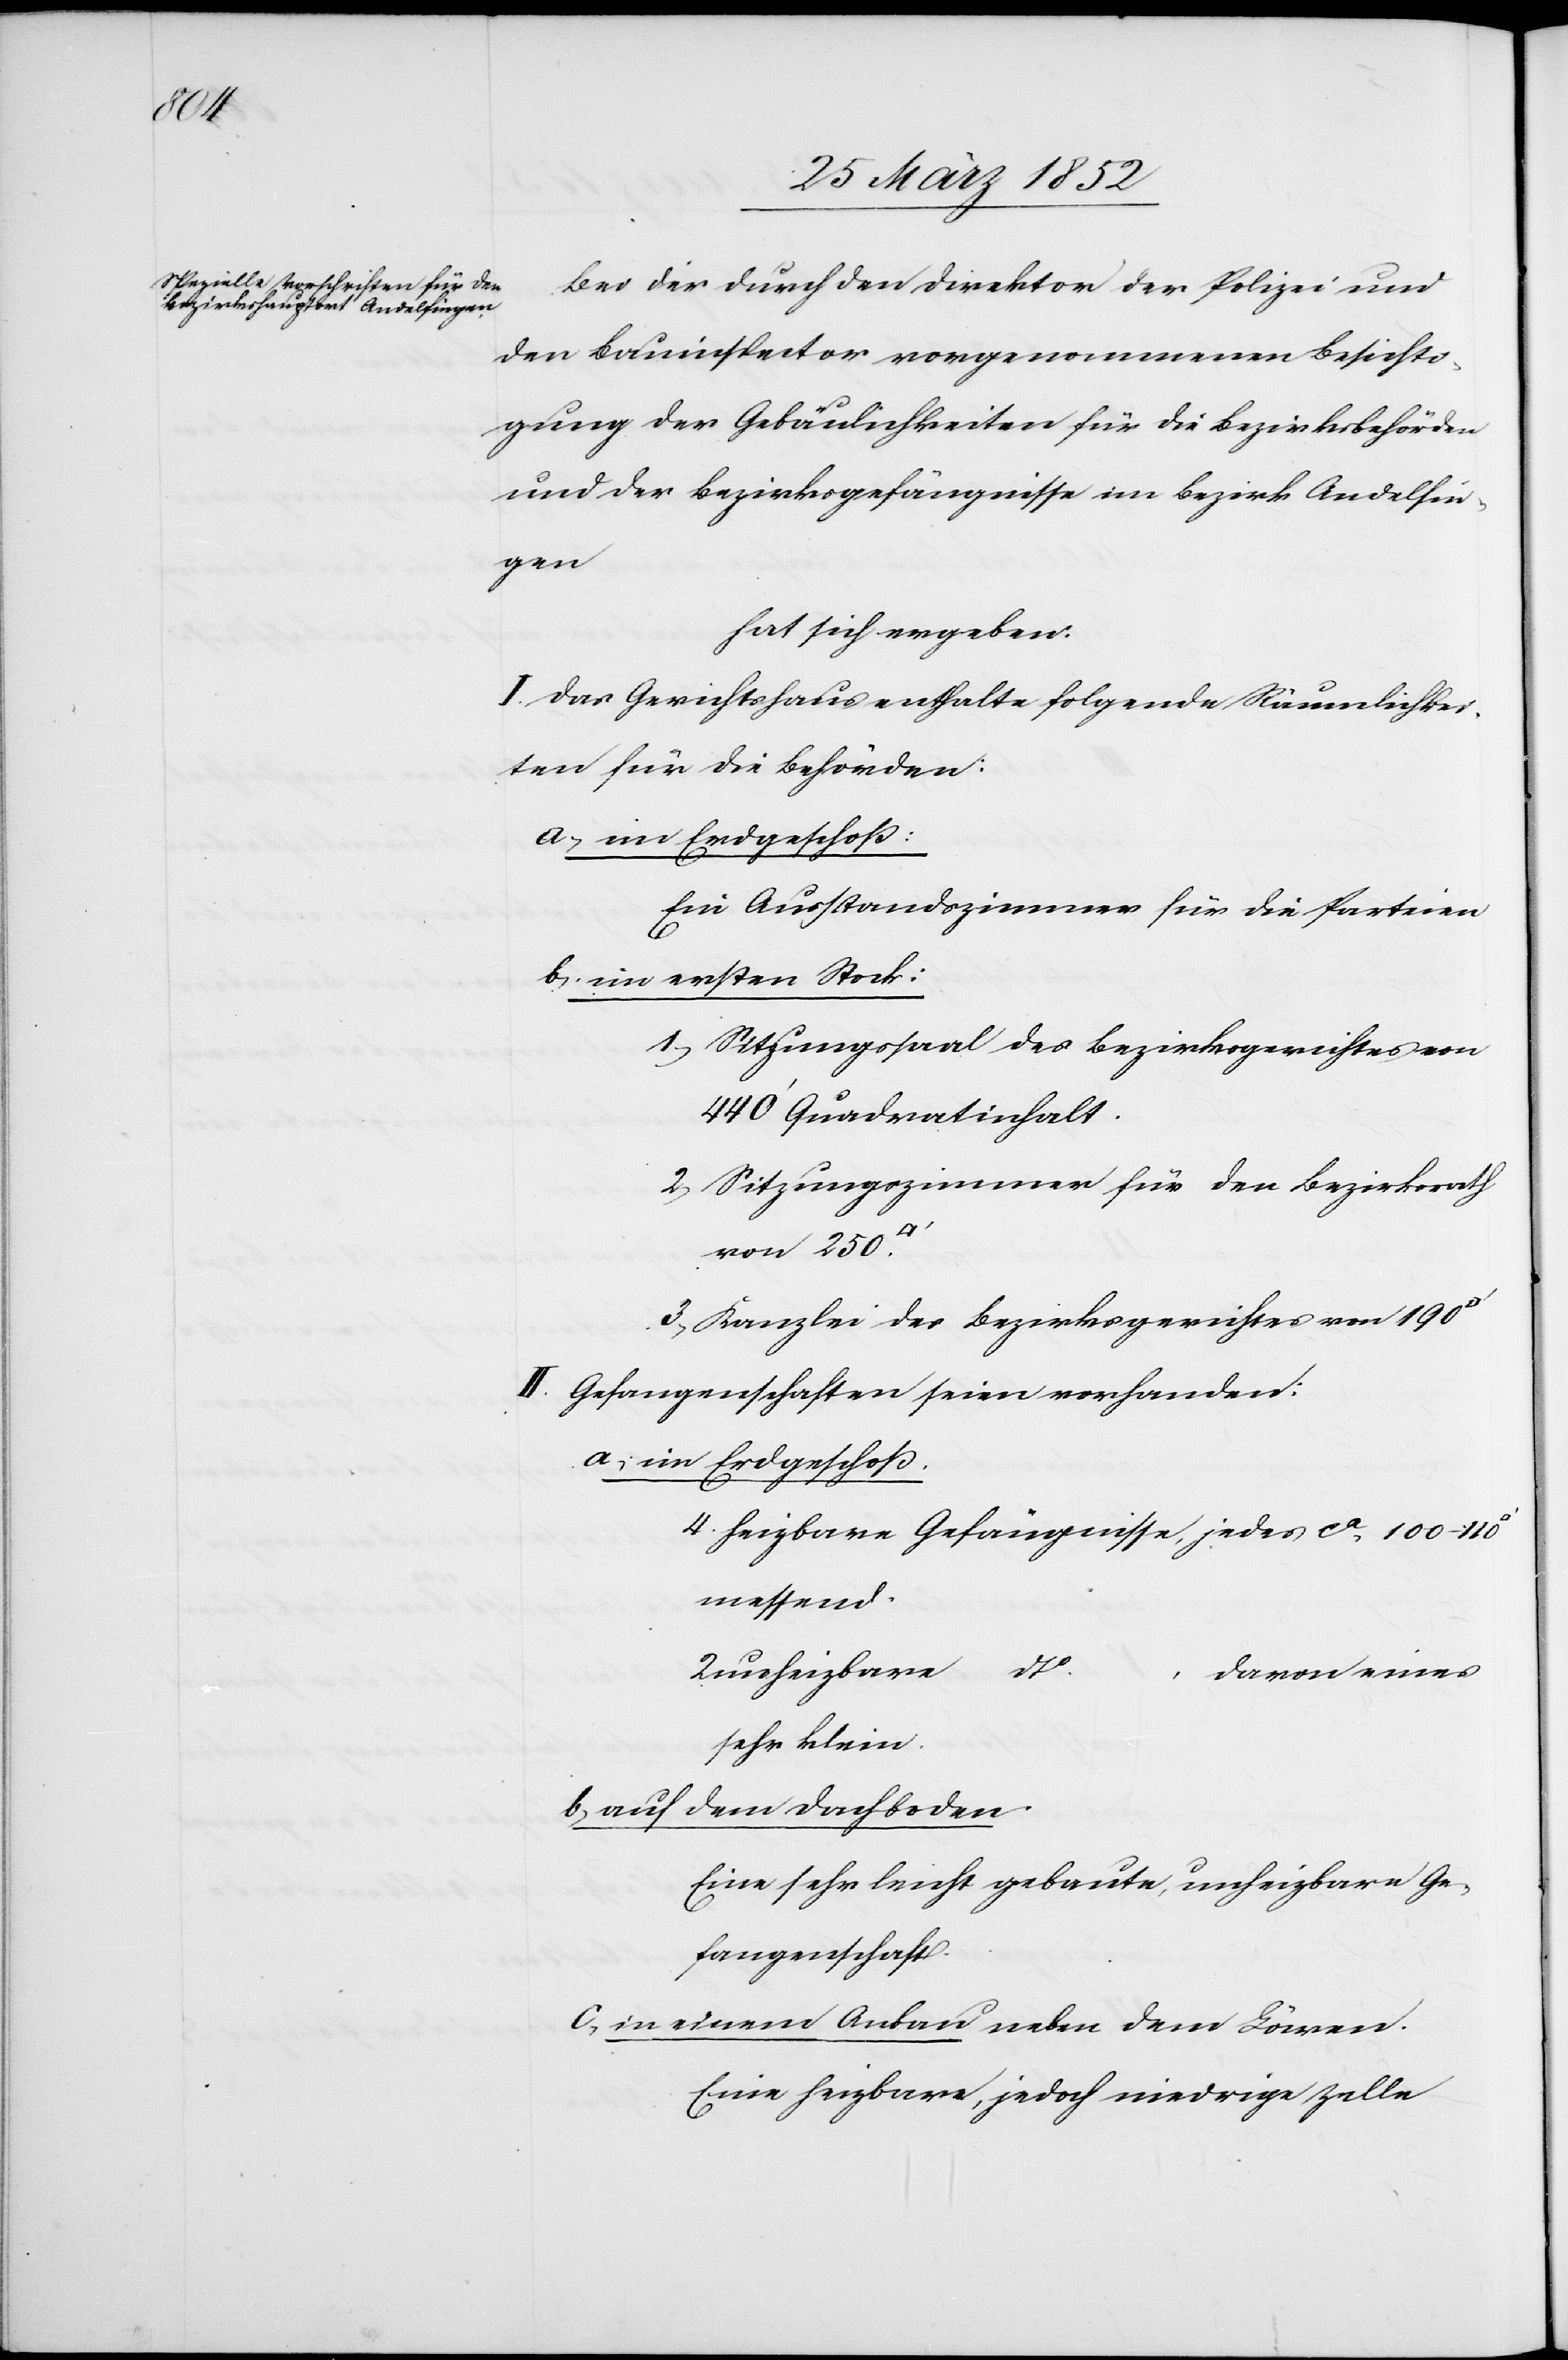
Bei der durch den Direktor der Polizei und
den Bauinspector vorgenommenen Besichti¬
gung der Gebäulichkeiten für die Bezirksbehörden
und der Bezirksgefängnisse im Bezirk Andelfin¬
gen
hat sich ergeben.
I. Das Gerichtshaus enthalte folgende Räumlichkei¬
ten für die Behörden:
a) im Erdgeschoß:
Ein Ausstandszimmer für die Parteien
b) im ersten Stock:
1) Sitzungssaal des Bezirksgerichtes von
440‘ Quadratinhalt.
2) Sitzungszimmer für den Bezirksrath
von 250
II. Gefangenschaften seien vorhanden:
a) im Erdgeschoß.
4 heizbare Gefängnisse, jedes ca 100–110
messend.
Unheizbare dto
davon eines
sehr klein.
b) auf dem Dachboden
Eine sehr leicht gebaute, unheizbare Ge¬
fangenschaft
c) in einem Anbau neben dem Löwen.
Eine heizbare, jedoch niedrige Zelle